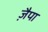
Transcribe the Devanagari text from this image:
ज़ैपा